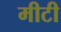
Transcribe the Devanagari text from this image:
मीटी